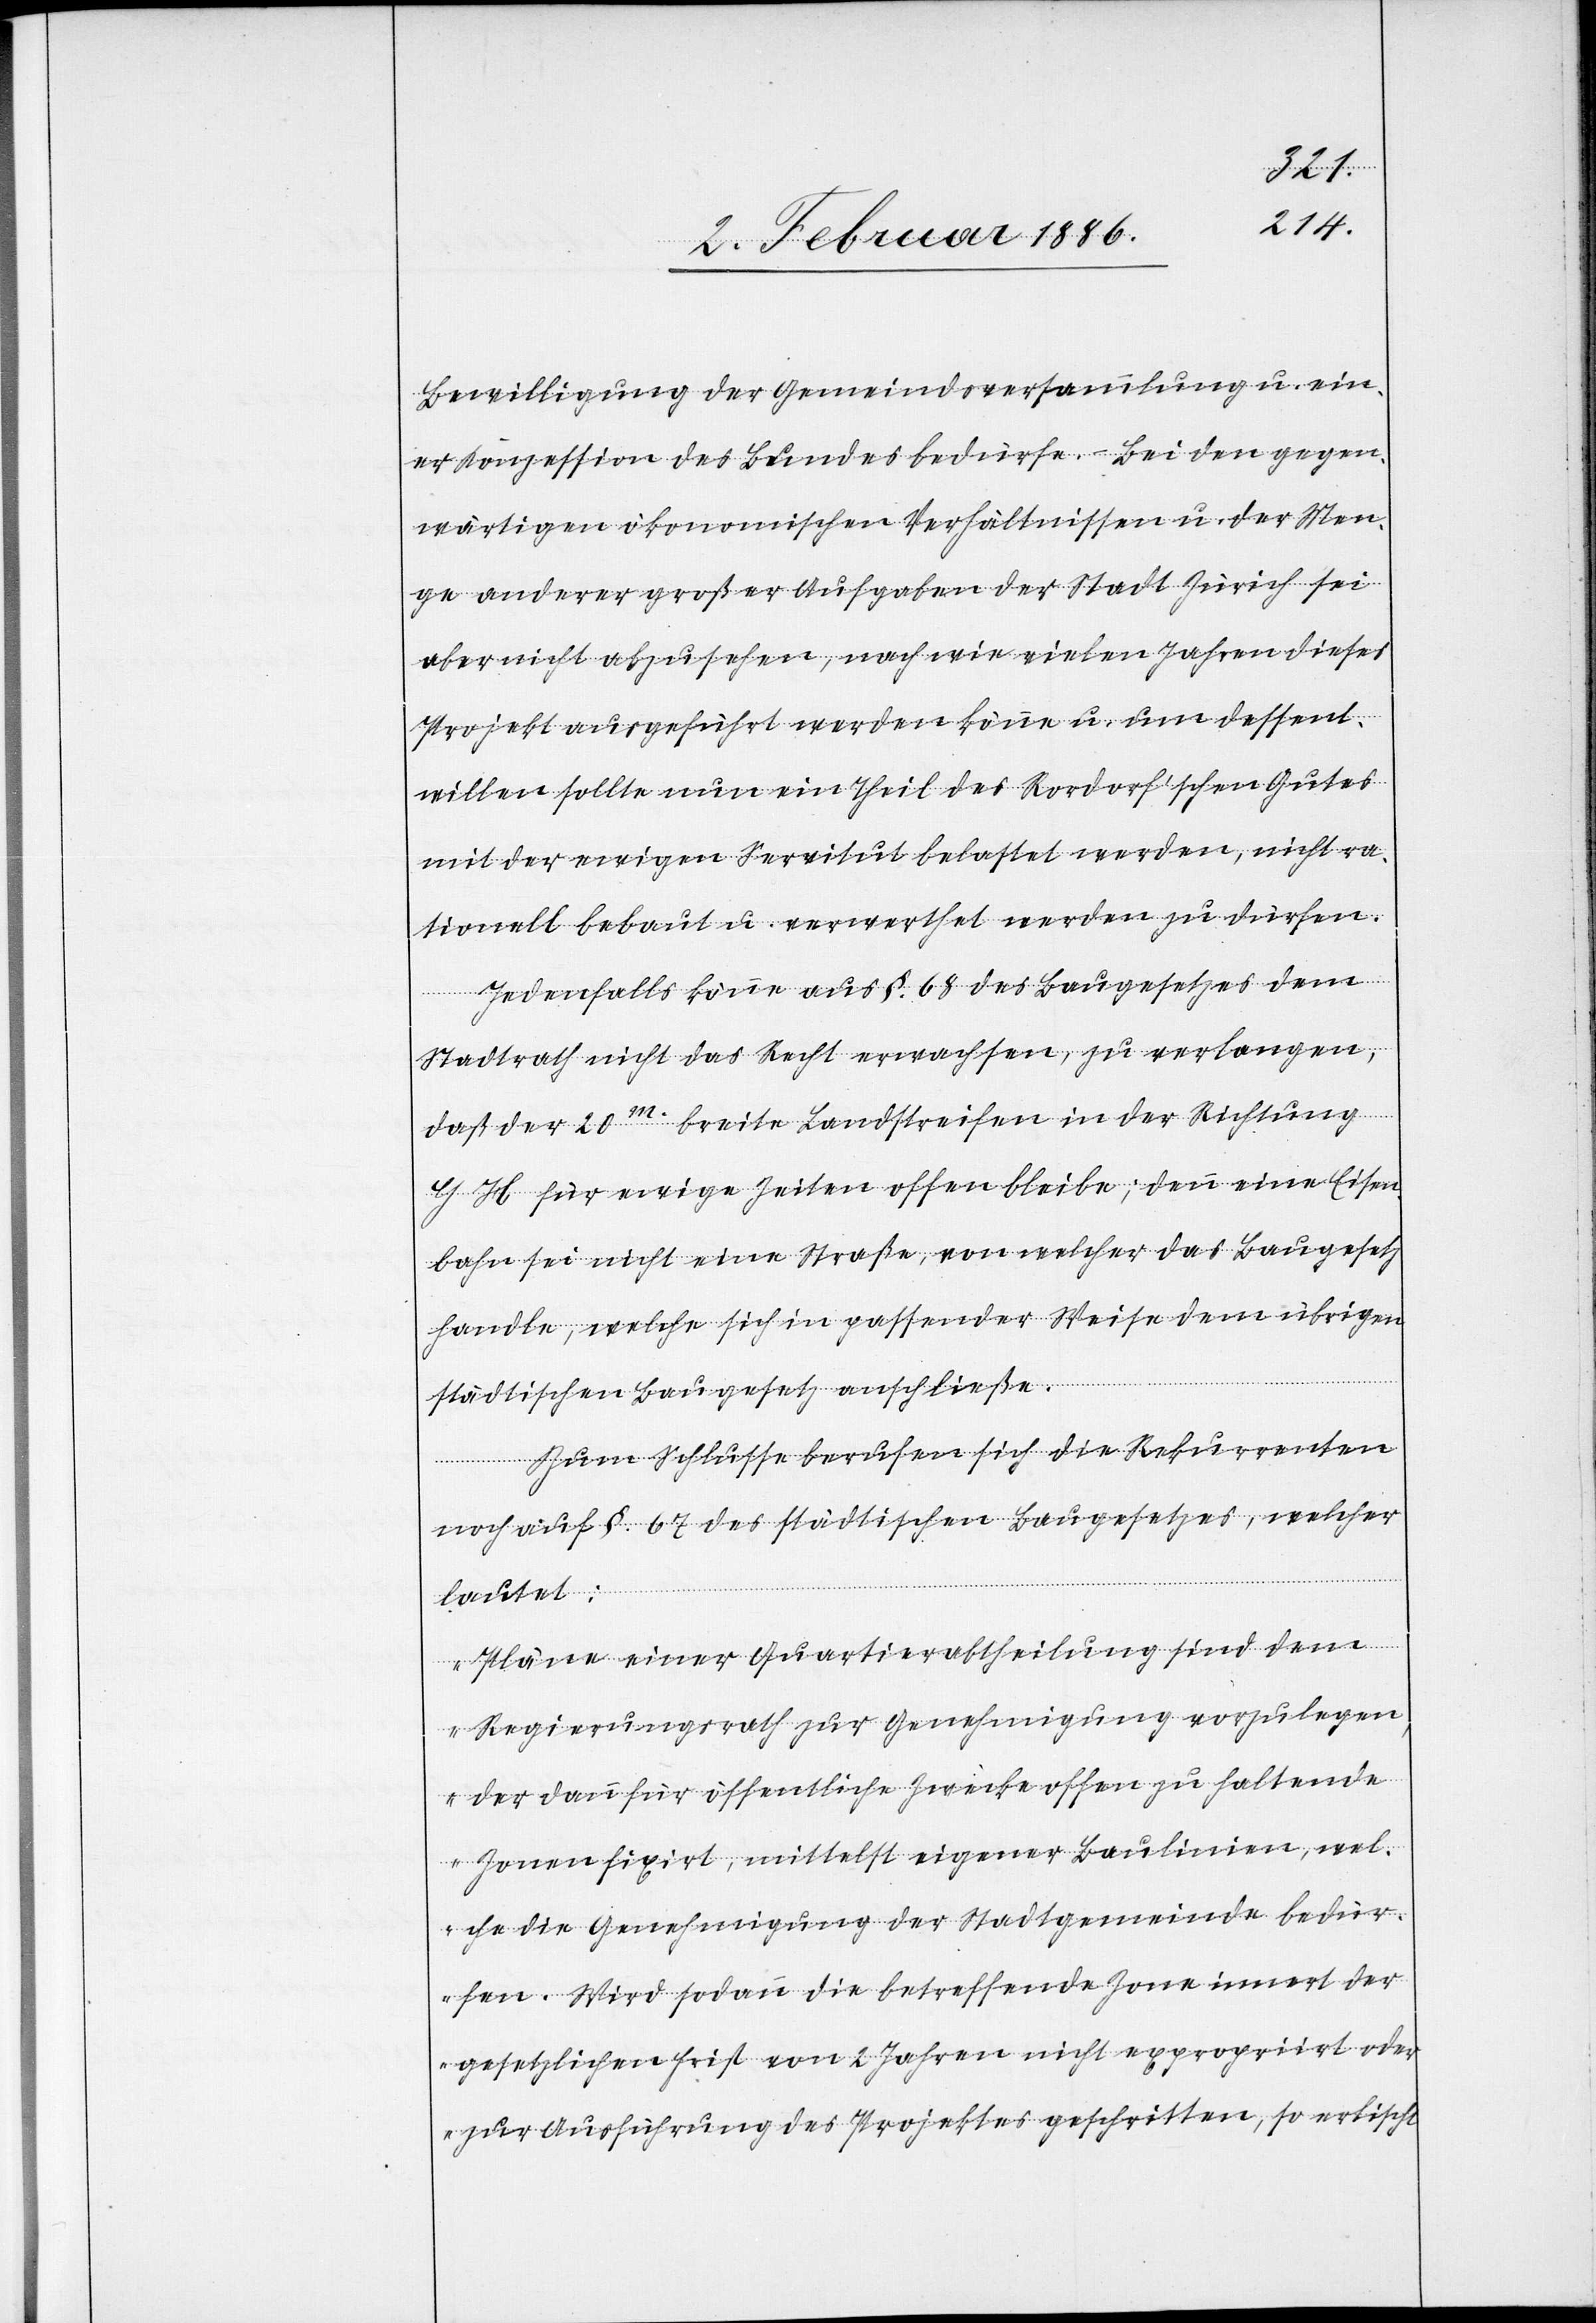
Bewilligung der Gemeindsversammlungen u. ein¬
er Konzession des Bundes bedürfe. – Bei den gegen¬
wärtigen ökonomischen Verhältnissen u. der Men¬
ge anderer großer Aufgaben der Stadt Zürich sei
aber nicht abzusehen, nach wie vielen Jahren dieses
Projekt ausgeführt werden könne u. um dessent¬
willen sollte nun ein Theil des Rordorf’schen Gutes
mit der ewigen Servitut belastet werden, nicht ra¬
tionell bebaut u. verwerthet werden zu dürfen.
Jedenfalls könne aus §. 68 des Baugesetzes dem
Stadtrath nicht das Recht erwachsen, zu verlangen,
daß der 20m breite Landstreifen in der Richtung
G H für ewige Zeiten offen bleibe; denn eine Eisen¬
bahn sei nicht eine Straße, von welcher das Baugesetz
handle, welche sich in passender Weise dem übrigen
städtischen Baugesetz anschließe.
Zum Schlusse berufen sich die Rekurrenten
noch auf §. 67 des städtischen Baugesetzes, welcher
lautet:
„Pläne einer Quartierabtheilung sind dem
Regierungsrath zur Genehmigung vorzulegen,
der dann für öffentliche Zwecke offen zu haltende
Zonen fixirt, mittelst eigener Baulinien, wel¬
che der Genehmigung der Stadtgemeinde bedür¬
fen. Wird sodann die betreffende Zone innert der
gesetzliche Frist von 2 Jahren nicht expropriirt oder
zur Ausführung des Projektes geschritten, so erlische